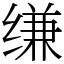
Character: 缣